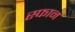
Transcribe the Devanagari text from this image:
स्फान